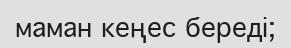
маман кеңес береді;